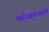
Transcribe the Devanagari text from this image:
परिचारकाचे